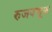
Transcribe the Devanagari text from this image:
रुजवणूक